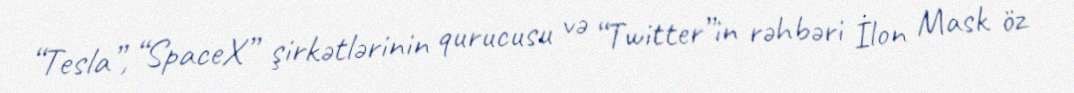
“Tesla”, “SpaceX” şirkətlərinin qurucusu və “Twitter”in rəhbəri İlon Mask öz